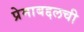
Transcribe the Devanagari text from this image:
प्रेमाबद्दलची